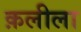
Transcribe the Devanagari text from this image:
क़लीला